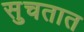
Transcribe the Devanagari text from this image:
सुचतात